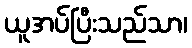
ယူအပ်ပြီးသည်သာ၊